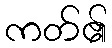
ကတ်၏